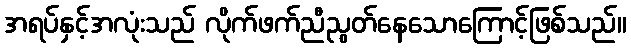
အရပ်နှင့်အလုံးသည် လိုက်ဖက်ညီညွတ်နေသောကြောင့်ဖြစ်သည်။